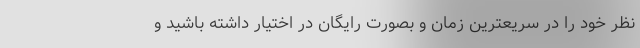
نظر خود را در سریعترین زمان و بصورت رایگان در اختیار داشته باشید و